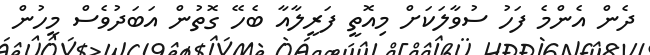
ދެން އެންމެ ފަހު ސުވާލަކަށް މިއޮތީ ފަރީލާއާ ބެހޭ ގޮތުން އަބަދުވެސް މީހުން